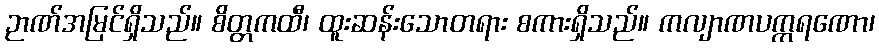
ဉာဏ်အမြင်ရှိသည်။ စိတ္တကထီ၊ ထူးဆန်းသောတရား စကားရှိသည်။ ကလျာဏပက္ကရဏော၊